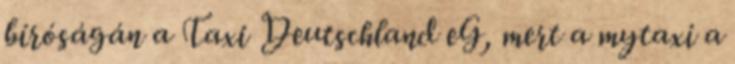
bíróságán a Taxi Deutschland eG, mert a mytaxi a